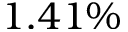
1 . 4 1 \%